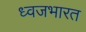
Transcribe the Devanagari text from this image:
ध्वजभारत